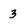
Character: 3